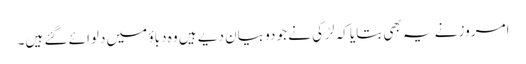
امروز نے یہ بھی بتایا کہ لڑکی نے جو دو بیان دیے ہیں وہ دباؤ میں دلوائے گئے ہیں۔